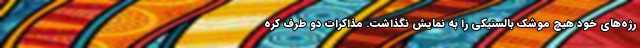
رژه‌های خود هیچ موشک بالستیکی را به نمایش نگذاشت. مذاکرات دو طرف کره